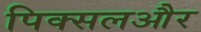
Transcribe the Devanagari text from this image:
पिक्सलऔर